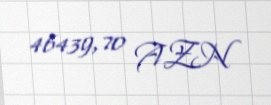
46439,70 AZN